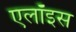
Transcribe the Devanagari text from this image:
एलॉइस